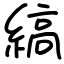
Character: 縞